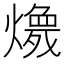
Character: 𱬚